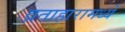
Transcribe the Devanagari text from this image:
व्रताहारामध्ये